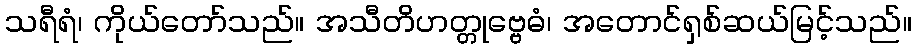
သရီရံ၊ ကိုယ်တော်သည်။ အသီတိဟတ္တုဗ္ဗေဓံ၊ အတောင်ရှစ်ဆယ်မြင့်သည်။